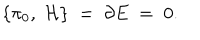
\{ { \cal \pi } _ { 0 } , \; { \cal H } \} \; = \; { \partial } E \; = \; 0 .